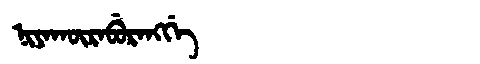
Manchu: ᠨᡳᠶᠠᡴᡡᡵᠠᠪᡠᡵᠠᠩᡤᡝ
Romanization: NIYAKŪRABURANGGE